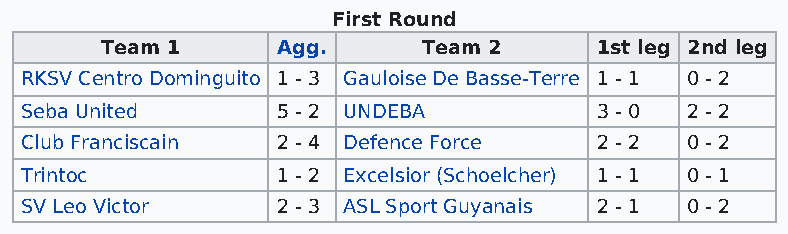
First Round
 Team 1     Agg.      Team 2     1st leg 2nd leg
 RKSV Centro Dominguito 1 - 3 Gauloise De Basse-Terre 1 - 1 0 - 2
 Seba United      5 - 2 UNDEBA         3 - 0 2 - 2
 Club Franciscain 2 - 4 Defence Force  2 - 2 0 - 2
 Trintoc          1 - 2 Excelsior (Schoelcher) 1 - 1 0 - 1
 SV Leo Victor    2 - 3 ASL Sport Guyanais 2 - 1 0 - 2